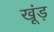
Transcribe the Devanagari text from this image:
खूंड़